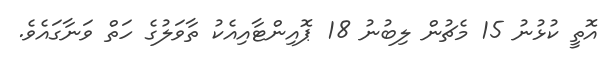
އޮތީ ކުޅުނު 15 މެޗުން ލިބުނު 18 ޕޮއިންޓާއިއެކު ތާވަލުގެ ހަތް ވަނާގައެވެ.